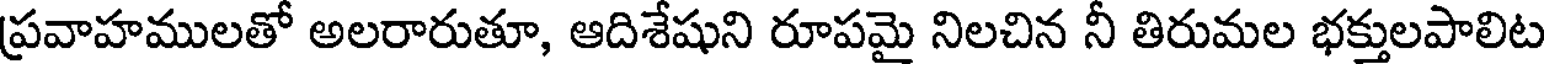
ప్రవాహములతో అలరారుతూ, ఆదిశేషుని రూపమై నిలచిన నీ తిరుమల భక్తులపాలిట